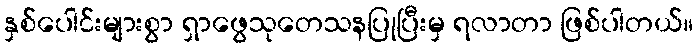
နှစ်ပေါင်းများစွာ ရှာဖွေသုတေသနပြုပြီးမှ ရလာတာ ဖြစ်ပါတယ်။